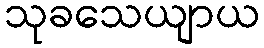
သုခသေယျာယ